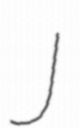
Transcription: J